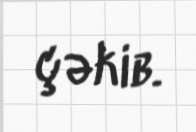
çəkib.